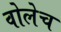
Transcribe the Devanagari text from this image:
वोलेच